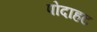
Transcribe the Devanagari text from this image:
पोदाहट